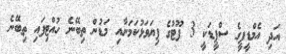
އަދި އެމްޑީޕީގެ ސްޕީޑަކީ 3 ފޫޓުގެ ފިޔަވަޅުކަމަށާއި މަޑުން ތިބޭނެ ހުއްޓިފައި ތިބޭނެ